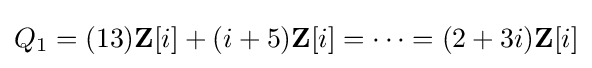
Q_{1}=(13)\mathbf {Z} [i]+(i+5)\mathbf {Z} [i]=\cdots =(2+3i)\mathbf {Z} [i]